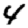
Digit: 4